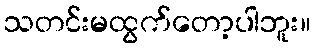
သတင်းမထွက်တော့ပါဘူး။